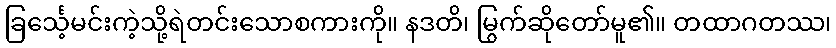
ခြင်္သေ့မင်းကဲ့သို့ရဲတင်းသောစကားကို။ နဒတိ၊ မြွက်ဆိုတော်မူ၏။ တထာဂတဿ၊